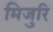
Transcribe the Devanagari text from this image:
मिजुरि